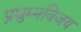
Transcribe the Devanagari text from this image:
प्रद्युम्नविजय